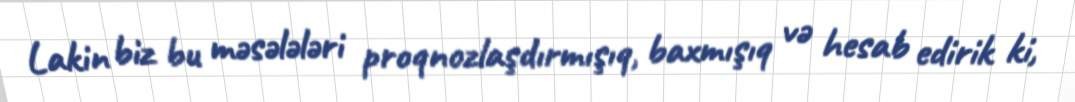
Lakin biz bu məsələləri proqnozlaşdırmışıq, baxmışıq və hesab edirik ki,